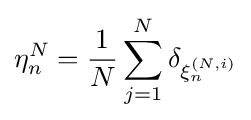
\eta _{n}^{N}={\frac {1}{N}}\sum _{j=1}^{N}\delta _{\xi _{n}^{(N,i)}}